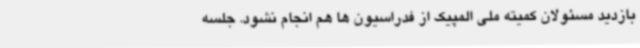
بازدید مسئولان کمیته ملی المپیک از فدراسیون ها هم انجام نشود. جلسه